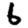
Digit: 6